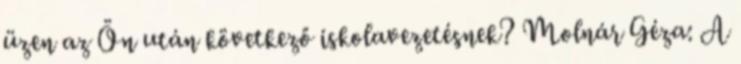
üzen az Ön után következő iskolavezetésnek? Molnár Géza: A